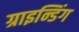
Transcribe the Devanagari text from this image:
ग्राइन्डिंग